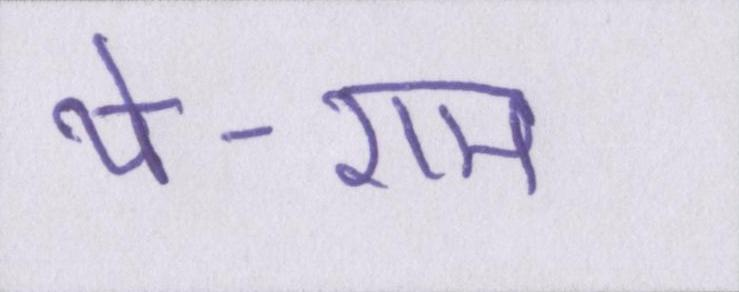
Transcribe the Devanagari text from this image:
थे-राम